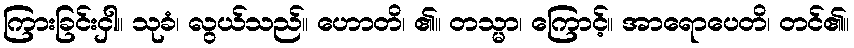
ကြားခြင်းငှါ။ သုခံ၊ လွယ်သည်။ ဟောတိ၊ ၏။ တသ္မာ၊ ကြောင့်။ အာရောပေတိ၊ တင်၏။